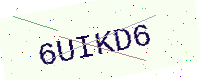
Text: 6UIKD6